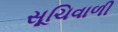
સૂચિવાળી